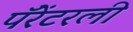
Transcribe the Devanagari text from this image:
पॅरेंटरली